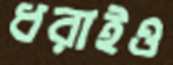
ধরাইও